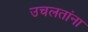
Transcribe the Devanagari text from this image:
उचलतांना